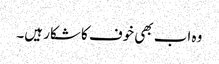
وہ اب بھی خوف کا شکار ہیں۔